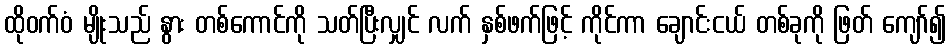
ထိုဝက်ဝံ မျိုးသည် နွား တစ်ကောင်ကို သတ်ပြီးလျှင် လက် နှစ်ဖက်ဖြင့် ကိုင်ကာ ချောင်းငယ် တစ်ခုကို ဖြတ် ကျော်၍